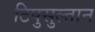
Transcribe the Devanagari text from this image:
टिपुसुल्तान